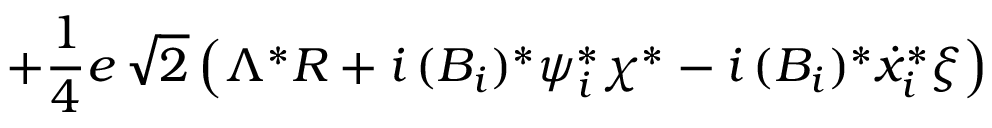
+ \frac { 1 } { 4 } e \, \sqrt { 2 } \left( \Lambda ^ { * } R + i \, ( { \cal { B } } _ { i } ) ^ { * } \psi _ { i } ^ { * } \chi ^ { * } - i \, ( { \cal { B } } _ { i } ) ^ { * } \dot { x } _ { i } ^ { * } \xi \right)